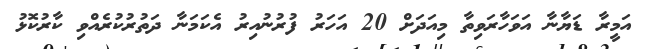
އަމީރާ ޑަޔާނާ އަވަހާރަވިތާ މިއަދަށް 20 އަހަރު ފުރުނުއިރު އެކަމަނާ ދަތުރުކުރެއްވި ކާރުކޮޅު